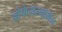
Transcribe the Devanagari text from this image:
प्रोफेसरनॉर्मन